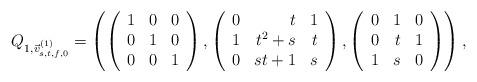
LaTeX: \begin{align*}Q_{1,\vec{v}_{s,t,f,0}^{(1)} }= \left(\left(\begin{array}{rrr}1 & 0 & 0 \\0 & 1 & 0 \\0 & 0 & 1\end{array}\right), \left(\begin{array}{rrr}0 & t & 1 \\1 & t^{2} + s & t \\0 & s t + 1 & s\end{array}\right), \left(\begin{array}{rrr}0 & 1 & 0 \\0 & t & 1 \\1 & s & 0\end{array}\right)\right),\end{align*}